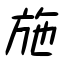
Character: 施